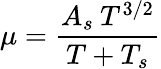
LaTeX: \mu=\frac{A_{s}\: T^{3/2}}{T+T_{s}}